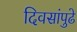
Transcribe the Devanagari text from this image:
दिवसांपुढे